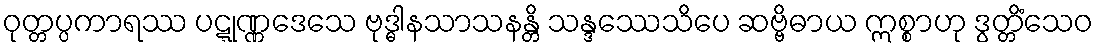
ဝုတ္တပ္ပကာရဿ ပဋ္ဋုဏ္ဏဒေသေ ဗုဒ္ဓါနသာသနန္တိ သန္ဒဿေသိပေ ဆဗ္ဗိဓာယ ဣစ္စာဟု ဒွတ္တိံသေဝ